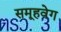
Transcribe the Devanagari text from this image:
समूहवेग